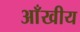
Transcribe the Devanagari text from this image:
आँखीय